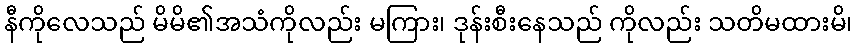
နီကိုလေသည် မိမိ၏အသံကိုလည်း မကြား၊ ဒုန်းစီးနေသည် ကိုလည်း သတိမထားမိ၊